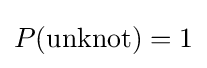
P({\rm {unknot}})=1